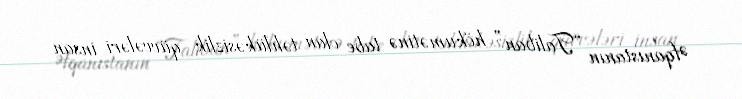
Əfqanıstanın “Taliban” hökumətinə tabe olan təhlükəsizlik qüvvələri insan